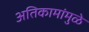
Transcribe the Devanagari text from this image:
अतिकामांमुळे